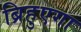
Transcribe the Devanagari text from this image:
ब्रिहुएगा